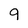
Character: 9